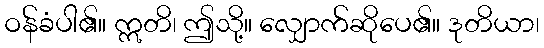
ဝန်ခံပါ၏။ ဣတိ၊ ဤသို့။ လျှောက်ဆိုပေ၏။ ဒုတိယာ၊